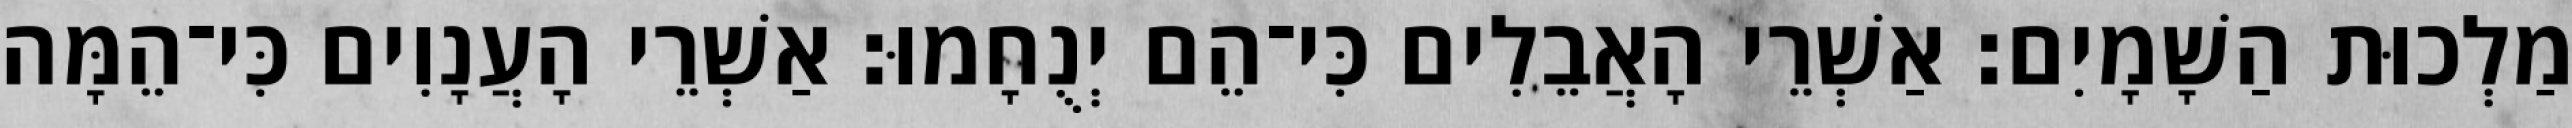
מַלְכוּת הַשָׁמָיִם׃ אַשְׁרֵי הָאֲבֵלִים כִּי־הֵם יְנֻחָמוּ׃ אַשְׁרֵי הָעֲנָוִים כִּי־הֵמָּה